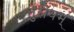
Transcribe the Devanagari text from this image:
तुरीयम्